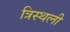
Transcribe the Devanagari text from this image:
त्रिस्थली